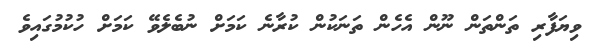
ވިޔަފާރި ތަންތަން ނޫން އެހެން ތަނަކުން ކުރާނެ ކަމަށް ނުބެލެވޭ ކަމަށް ހުކުމުގައިވެ